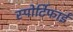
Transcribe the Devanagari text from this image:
स्पोर्टिफाई